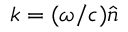
\boldsymbol { k } = ( \omega / c ) \boldsymbol { \hat { n } }